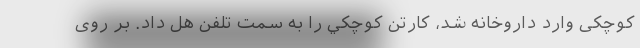
کوچکی وارد داروخانه شد، کارتن كوچكي را به سمت تلفن هل داد. بر روی